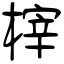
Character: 榟